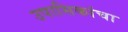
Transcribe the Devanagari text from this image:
उपासिकांचा